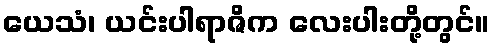
ယေသံ၊ ယင်းပါရာဇိက လေးပါးတို့တွင်။